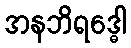
အနဘိရဒ္ဓေါ